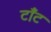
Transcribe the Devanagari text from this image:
टाँट